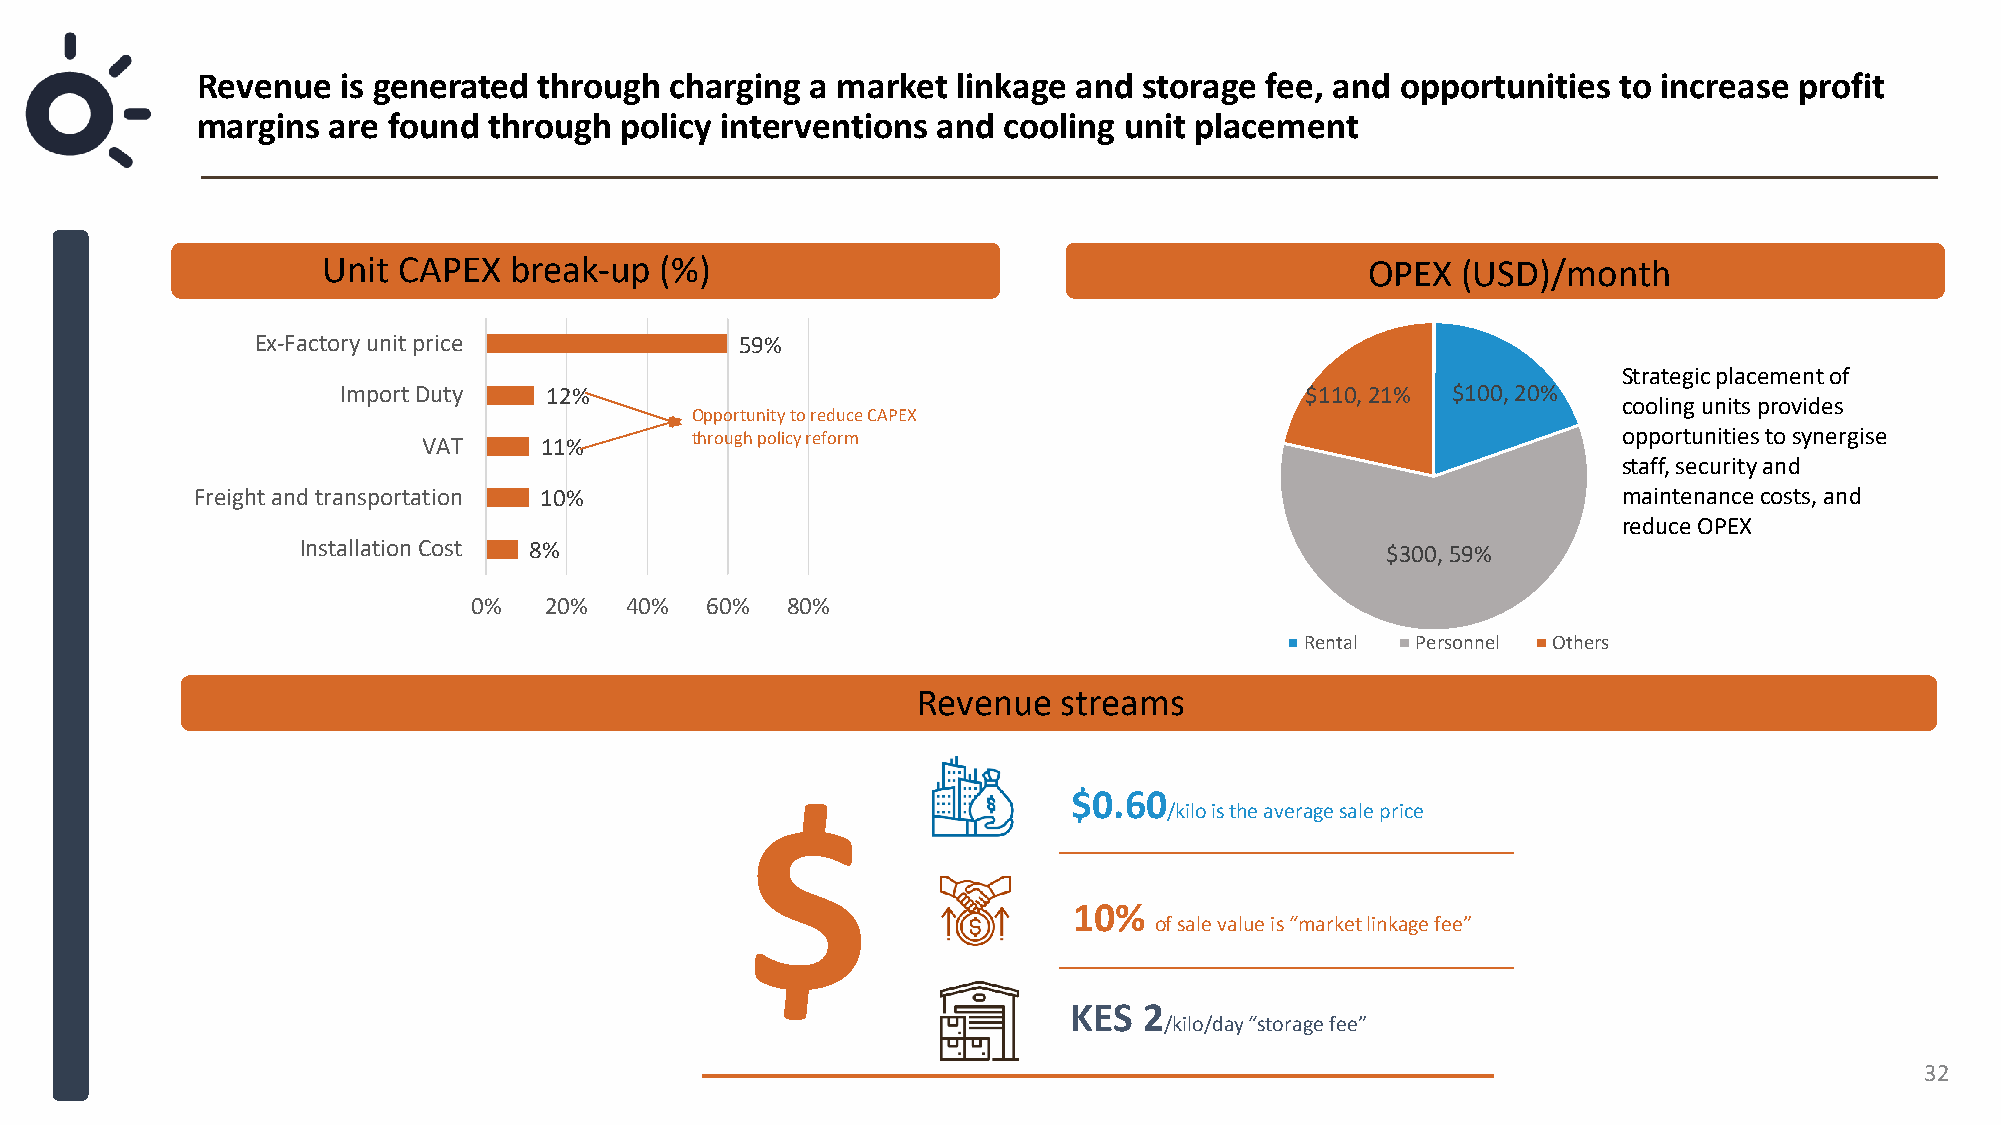
Revenue   is generated through charging  a market linkage and  storage fee, and opportunities to increase profit
 margins  are found through  policy interventions and cooling unit placement
 Unit CAPEX   break-up  (%)                                            OPEX  (USD)/month
 Ex-Factory unit price           59%
 Strategic placement of
 Import Duty   12%                                               $110, 21% $100, 20%
 cooling units provides
 Opportunity to reduce CAPEX
 VAT     11%       through policy reform                                        opportunities to synergise
 staff, security and
 Freight and transportation 10%                                                                maintenance costs, and
 reduce OPEX
 Installation Cost 8%                                                    $300, 59%
 0%   20%  40%   60%  80%
 Rental  Personnel Others
 Revenue  streams
 $0.60
 $                           /kilo is the average sale price
 10%
 of sale value is “market linkage fee”
 KES  2
 /kilo/day “storage fee”
 32